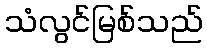
သံလွင်မြစ်သည်